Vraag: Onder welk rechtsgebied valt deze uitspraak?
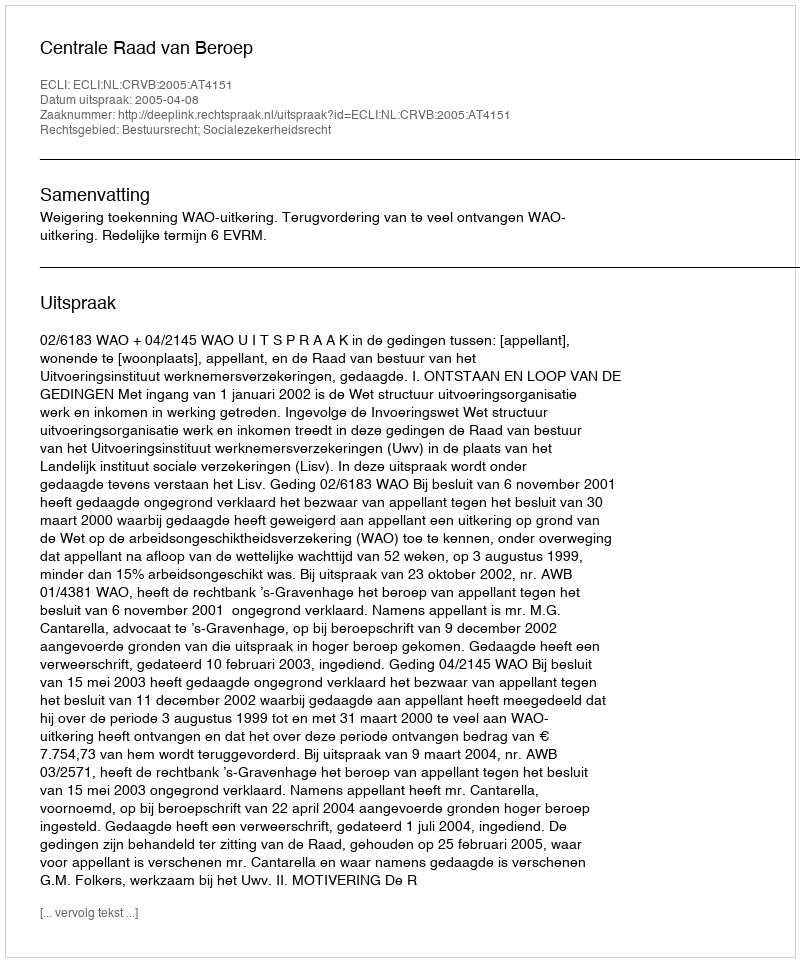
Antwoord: Bestuursrecht; Socialezekerheidsrecht